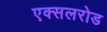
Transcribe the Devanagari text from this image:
एक्सलरोड